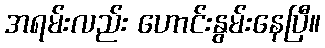
အရမ်းလည်း ဟောင်းနွမ်းနေပြီ။